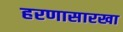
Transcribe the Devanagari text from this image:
हरणासारखा